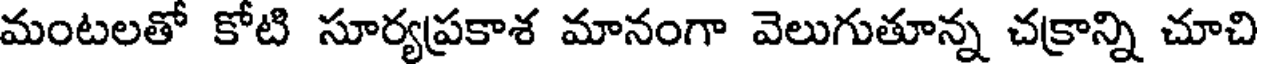
మంటలతో కోటి సూర్యప్రకాశ మానంగా వెలుగుతూన్న చక్రాన్ని చూచి